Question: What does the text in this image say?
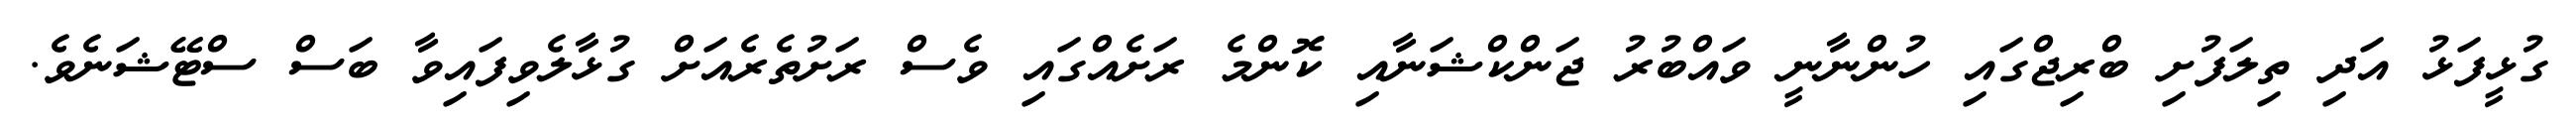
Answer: ގުޅީފަޅު އަދި ތިލަފުށި ބްރިޖްގައި ހުންނާނީ ވައްބުރު ޖަންކްޝަނާއި ކޮންމެ ރަށެއްގައި ވެސް ރަށުތެރެއަށް ގުޅާލެވިފައިވާ ބަސް ސްޓޭޝަނެވެ.